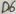
Text: D6